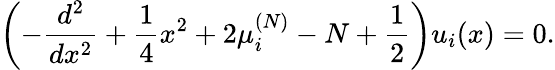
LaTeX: \left(-{\frac{d^{2}}{dx^{2}}}+{\frac{1}{4}}x^{2}+2\mu_{i}^{(N)}-N+{\frac{1}{2}}\right)u_{i}(x)=0.